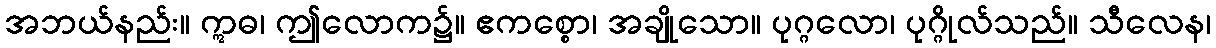
အဘယ်နည်း။ ဣဓ၊ ဤလောက၌။ ဧကစ္စော၊ အချိုသော။ ပုဂ္ဂလော၊ ပုဂ္ဂိုလ်သည်။ သီလေန၊